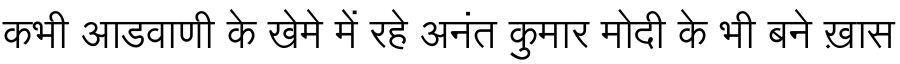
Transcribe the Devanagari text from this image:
कभी आडवाणी के खेमे में रहे अनंत कुमार मोदी के भी बने ख़ास